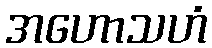
အဟောသဟံ